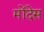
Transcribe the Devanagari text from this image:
मोंदेस